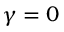
\gamma = 0